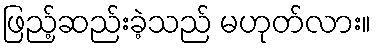
ဖြည့်ဆည်းခဲ့သည် မဟုတ်လား။